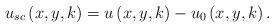
LaTeX: \begin{align*}u_{sc}\left( x,y,k\right) =u\left( x,y,k\right) -u_{0}\left( x,y,k\right) .\end{align*}